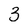
Character: 3